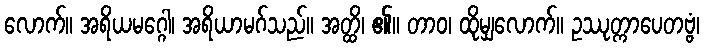
လောက်။ အရိယမဂ္ဂေါ၊ အရိယာမဂ်သည်။ အတ္ထိ၊ ၏။ တာဝ၊ ထိုမျှလောက်။ ဥဿုတ္ကာပေတဗ္ဗံ၊